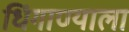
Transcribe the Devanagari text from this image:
धिंगाण्याला